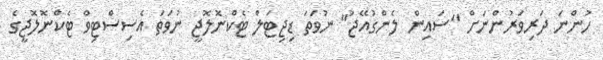
ހުންނަ ދަރިވަރުންނަށް "ސައިން ލެންގުއޭޖު" ނުވަތަ ޑިޖިޓަލް ޓެކްނޮލޮޖީ ނުވަތަ އެސިސްޓިވް ޓެކްނޮލޮޖީގެ